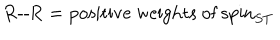
\mathrm { R - - R } = \mathrm { p o s i t i v e ~ w e i g h t s ~ o f ~ } \mathrm { s p i n } _ { S T }